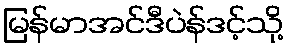
မြန်မာအင်ဒီပဲန်ဒင့်သို့